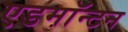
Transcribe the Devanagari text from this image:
एडमाॅन्टन